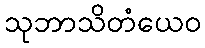
သုဘာသိတံယေဝ